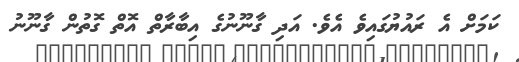
ކަމަށް އެ ރައުޔުގައިވެ އެވެ. އަދި ގާނޫނުގެ އިބާރާތް އޮތް ގޮތުން ގާނޫނު